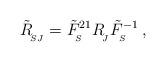
LaTeX: \begin{align*}\tilde R_{_{\!SJ}}^{}=\tilde{F}^{21}_{_{\!S}}R_{_{\!J}}^{}\tilde{F}^{-1}_{_{\!S}}\,,\end{align*}